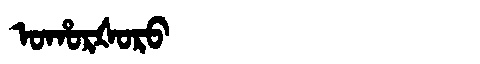
Manchu: ᠣᡥᠣᡵᡧᠣᡵᠣ
Romanization: OHORŠORO